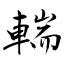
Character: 輲